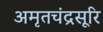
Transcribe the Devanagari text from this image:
अमृतचंद्रसूरि